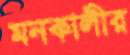
মনকালীর